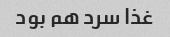
غذا سرد هم بود